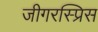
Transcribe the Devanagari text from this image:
जीगरस्प्रिस